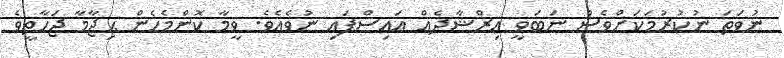
ނުވަތަ ނުކުރުމަކަށްވެސް ނަބަވީ އިރްޝާދެއް އައިސްފައި ނުވެއެވެ. ވީމާ ކޮންމެހެން ޙިޖާމާ ޖަހާތީވެ